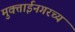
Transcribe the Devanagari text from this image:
मुक्ताईनगरच्य